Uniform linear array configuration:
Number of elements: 12
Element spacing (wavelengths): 0.5
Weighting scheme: binomial
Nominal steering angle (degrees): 15
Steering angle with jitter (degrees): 13.588
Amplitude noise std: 0.05
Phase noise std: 0.05

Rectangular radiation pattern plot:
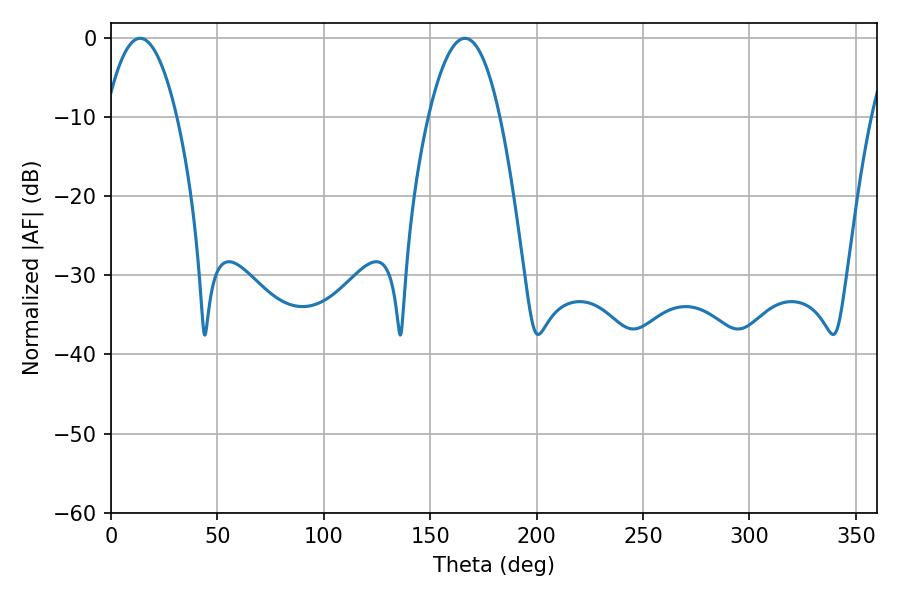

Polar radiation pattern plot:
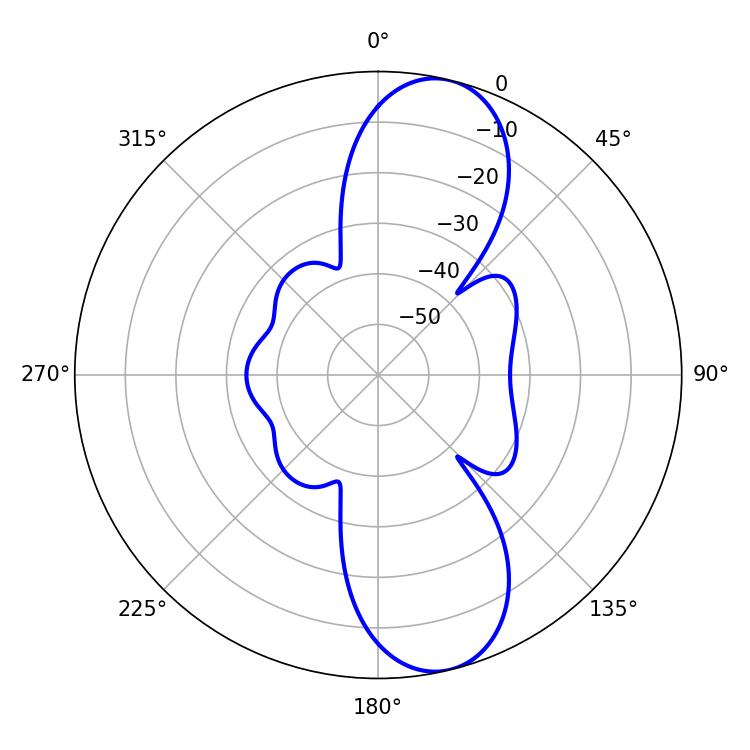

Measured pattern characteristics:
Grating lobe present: FALSE
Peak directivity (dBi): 10.831
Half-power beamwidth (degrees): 18.36
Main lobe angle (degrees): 13.68